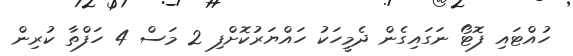
ހުއްޓައި ފޮޓޯ ނަގައިގެން ދެމީހަކު ހައްޔަރުކޮށްފި 2 މަސް 4 ހަފްތާ ކުރިން